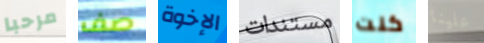
مرحبا صف الإخوة مستندات كنت علينا